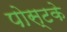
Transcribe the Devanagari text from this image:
पोस्टके